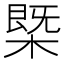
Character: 㮣